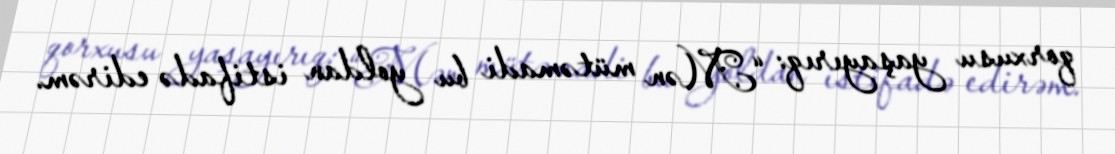
qorxusu yaşayırıq: “Mən mütəmadi bu yoldan istifadə edirəm.